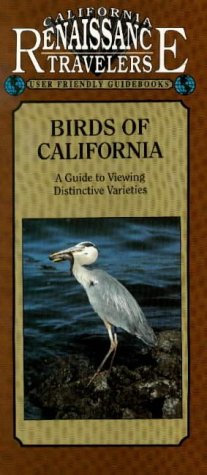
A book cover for California Traveler Birds of California: A Guide to Viewing Distinct Varieties (California Renaissance User Friendly Guidebooks); Stallcop; Travel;